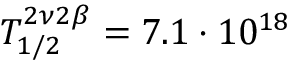
T _ { 1 / 2 } ^ { 2 \nu 2 \beta } = 7 . 1 \cdot 1 0 ^ { 1 8 }